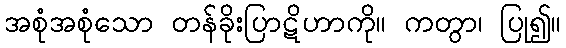
အစုံအစုံသော တန်ခိုးပြာဋိဟာကို။ ကတွာ၊ ပြု၍။